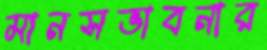
মানসভাবনার